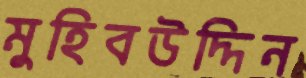
মুহিবউদ্দিন